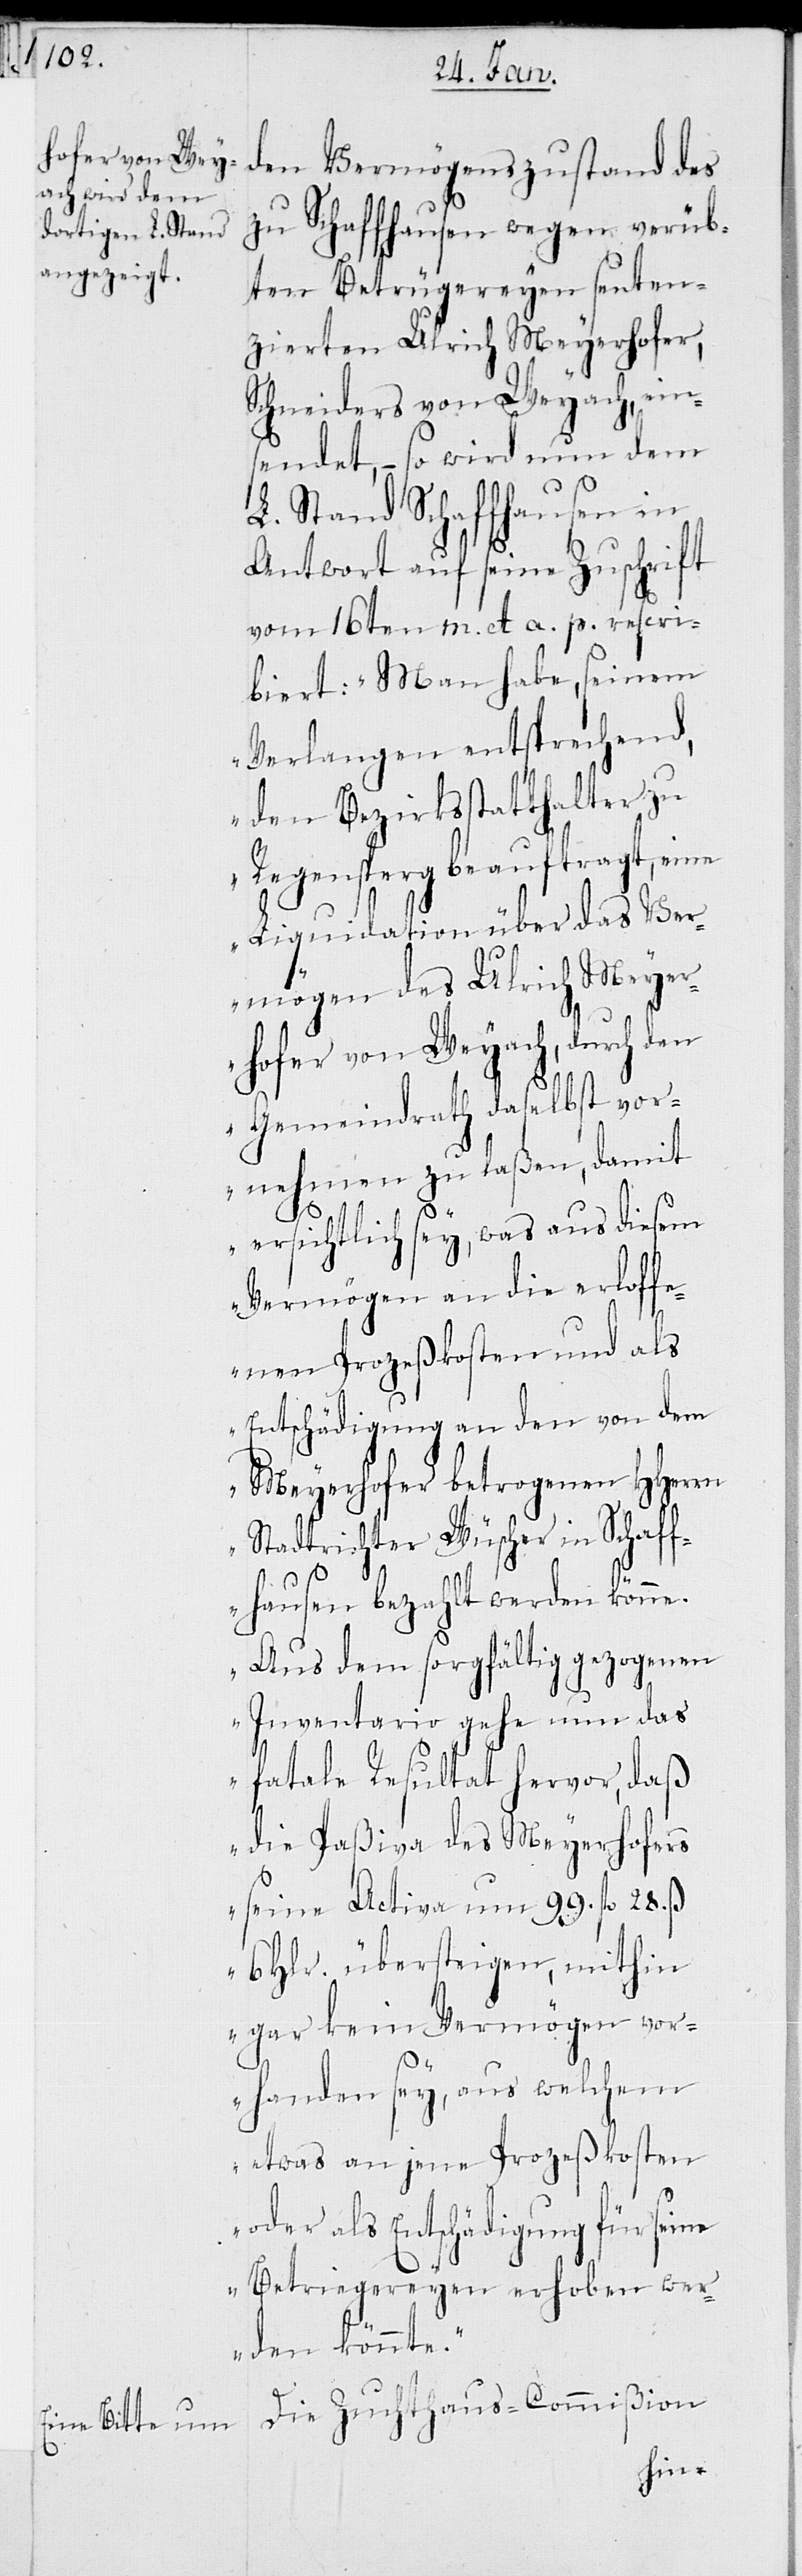
zu Schaffhausen wegen verüb¬
ten Betrügereyen senten¬
zierten Ulrich Meyerhofer,
Schneiders von Weyach, ein¬
sendet, – so wird nun dem
L. Stand Schaffhausen in
Antwort auf seine Zuschrift
vom 16ten m. et. a. p. rescri¬
biert: „Man habe, seinem
Verlangen entsprechend,
den Bezirksstatthalter zu
Regensperg beauftragt, eine
Liquidation über das Ver¬
mögen des Ulrich Meyer¬
hofer von Weyach, durch den
Gemeindrath daselbst vor¬
nehmen zu laßen, damit
ersichtlich sey, was aus diesem
Vermögen an die erloffe¬
nen Prozeßkosten und als
Entschädigung an den von dem
Meyerhofer betrogenen HHerrn
Stadtrichter Wüscher in Schaff¬
hausen bezahlt werden könne.
Aus dem sorgfältig gezogenen
Inventario gehe nun das
fatale Resultat hervor, daß
die Paßiva des Meyerhofers
seine Activa um 99 fl. 28 ß
6 Hlr. übersteigen, mithin
gar kein Vermögen vor¬
handen sey, aus welchem
etwas an jene Prozeßkosten
oder als Entschädigung für seine
Betriegereyen erhoben wer¬
den könnte.“
Die Zuchthaus-Commißion